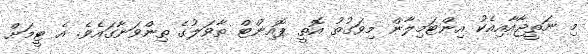
މި ނަތީޖާއާއިއެކު އިންޓަމިލާން މިވަގުތު އޮތީ ޕޮއިންޓް ތާވަލުގެ ތިންވަނާގައެވެ. އެ ޓީމަށް